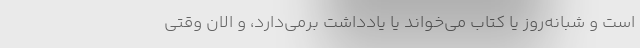
است و شبانه‌روز یا کتاب می‌خواند یا یادداشت برمی‌دارد، و الان وقتی